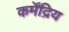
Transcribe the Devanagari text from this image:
कर्मेंद्रिय